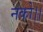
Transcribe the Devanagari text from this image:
नको।।